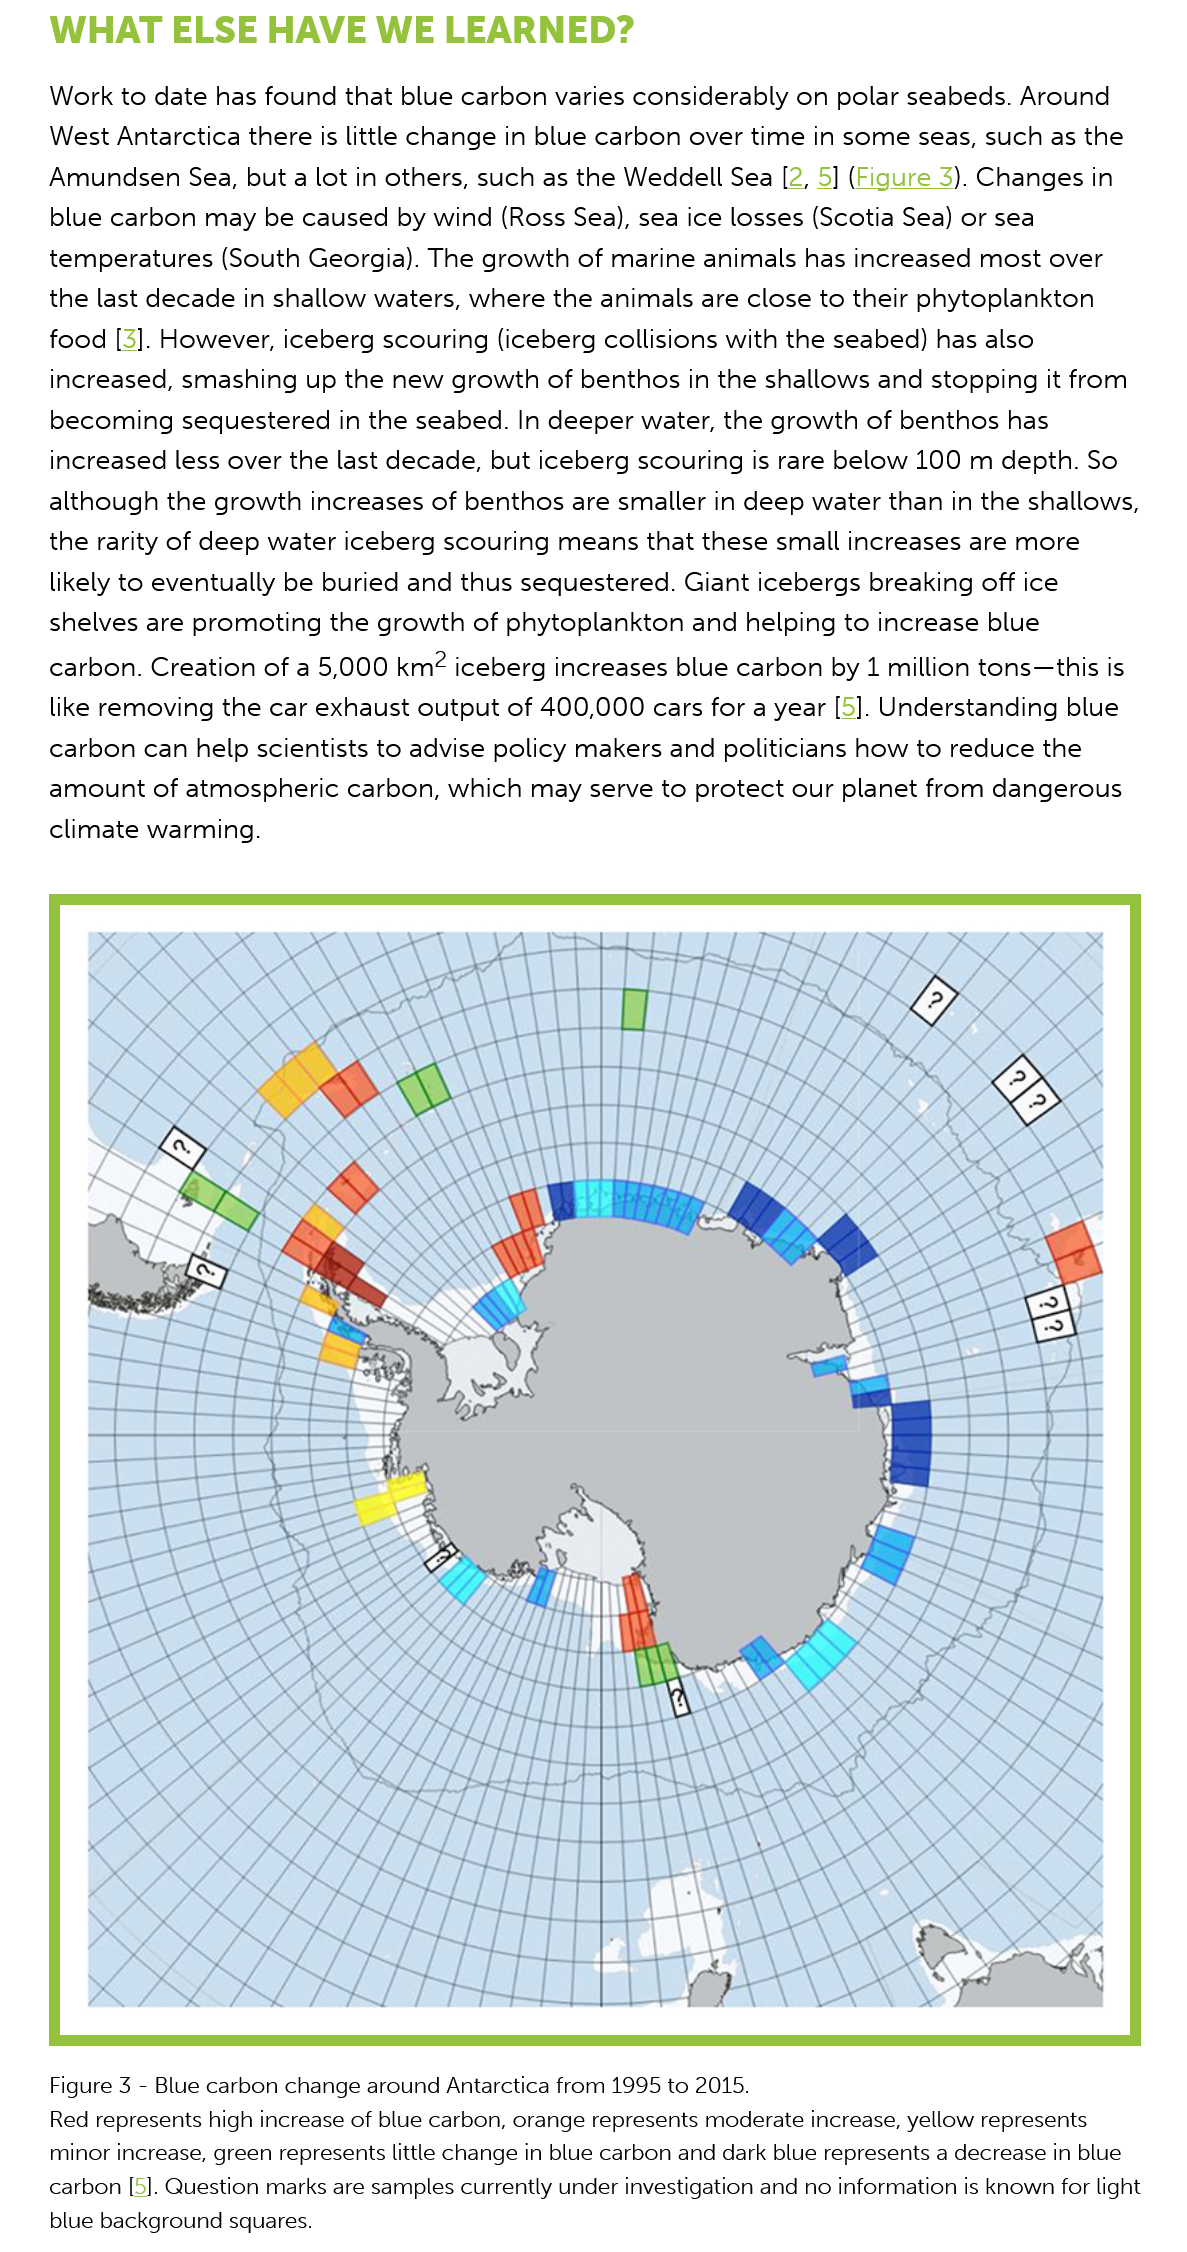
WHAT   ELSE    HAVE    WE    LEARNED?
     Work to date  has found that blue carbon  varies considerably on polar seabeds.  Around
     West Antarctica there is little change in blue carbon over time in some seas, such as the
     Amundsen Sea,   but a lot in others, such as the Weddell Sea [2, 5] (Figure 3). Changes in
     blue carbon  may  be caused  by wind (Ross Sea), sea ice losses (Scotia Sea) or sea
     temperatures  (South Georgia). The  growth  of marine animals  has increased most  over
     the last decade in shallow waters, where  the animals are close to their phytoplankton
     food [3]. However, iceberg  scouring (iceberg collisions with the seabed) has also
     increased, smashing  up the new  growth of  benthos in the shallows  and stopping it from
     becoming   sequestered  in the seabed. In deeper water, the growth  of benthos  has
     increased less over the last decade, but iceberg scouring is rare below 100  m depth. So
     although the growth increases   of benthos are smaller in deep water than in the shallows,
     the rarity of deep water iceberg scouring means that  these small increases are more
     likely to eventually be buried and thus sequestered. Giant icebergs breaking off ice
     shelves are promoting  the growth  of phytoplankton  and  helping to increase blue
     carbon. Creation  of a 5,000 km? iceberg  increases blue carbon  by 1 million tons—this is
     like removing the car exhaust output  of 400,000 cars  for a year [5]. Understanding blue
     carbon can  help scientists to advise policy makers and politicians how to reduce  the
     amount  of atmospheric   carbon, which  may  serve to protect our planet from dangerous
     climate warming.
     Figure 3
     -
     Blue carbon change around Antarctica from 1995 to 2015.
     Red represents high increase of blue carbon, orange represents moderate increase, yellow represents
     minor increase, green represents little change in blue carbon and dark blue represents a decrease in blue
     carbon [5]. Question marks are samples currently under investigation and no information is known for light
     blue background squares.
     KOK
     TE
     SHH    SCM    ETT    .  SR

     YQ SRR Oo    HTH
     LRN
     SSH
     LT    ALi
     g
     Aes
     pe    eS
     of
     SSS
     RERRE
     ~~
     wad    SS
     HERES
     POO
     PRES
     a
     SENS
     PERE    eS
     eee
     HEE
     pee
     Sessecs
     oe
     SAS
     oo
     SEELZ
     AS
     SES
     ew
     SESS
     PSS
     SSS    TTI    I:
     Sea
     EY
     HT
     RSS
     SoHE    BS
     EOS